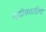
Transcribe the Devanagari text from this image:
नदीकाठीच